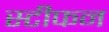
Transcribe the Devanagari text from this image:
स्टीफन